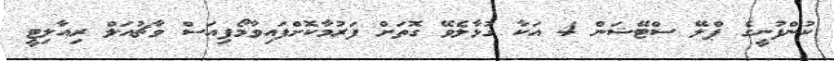
ކުންފުނީގެ ޕްލޭ ސްޓޭޝަން 4 އަކާ ގުޅާލެވޭ ގޮތަށް ފަރުމާކޮށްފައިވާމޯފިއަސް ވާޗުއަލް ރިއާލިޓީ